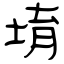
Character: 堉